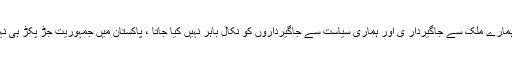
جب تک ہمارے ملک سے جاگیردار ی اور ہماری سیاست سے جاگیرداروں کو نکال باہر نہیں کیا جاتا ، پاکستان میں جمہوریت جڑ پکڑ ہی نہیں سکتی۔